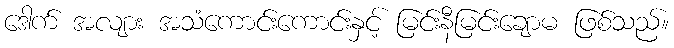
ဒေါက် အလျား အသံကောင်းကောင်းနှင့် မြင်းနီမြင်းချောမ ဖြစ်သည်။